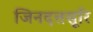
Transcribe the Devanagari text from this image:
जिनदत्तसूरि